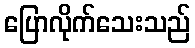
ပြောလိုက်သေးသည်